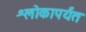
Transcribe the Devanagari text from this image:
श्लोकापर्यंत